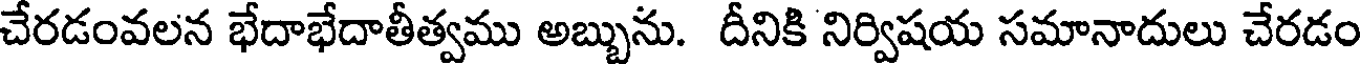
చేరడంవలన భేదాభేదాతీత్వము అబ్బును. దీనికి నిర్విషయ సమానాదులు చేరడం